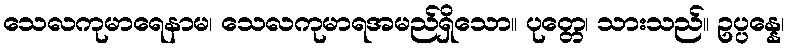
သေလကုမာရေနာမ၊ သေလကုမာရအမည်ရှိသော။ ပုတ္တေ၊ သားသည်။ ဥပ္ပန္နေ၊